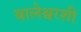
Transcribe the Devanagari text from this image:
बालेश्वरशी